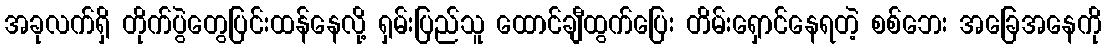
အခုလက်ရှိ တိုက်ပွဲတွေပြင်းထန်နေလို့ ရှမ်းပြည်သူ ထောင်ချီထွက်ပြေး တိမ်းရှောင်နေရတဲ့ စစ်ဘေး အခြေအနေကို